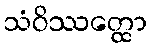
သံဝိဿတ္ထော